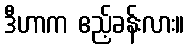
ဒီဟာက ဧည့်ခန်းလား။